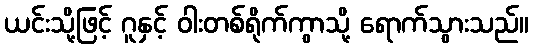
ယင်းသို့ဖြင့် ဂူနှင့် ဝါးတစ်ရိုက်ကွာသို့ ရောက်သွားသည်။